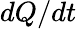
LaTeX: dQ/dt